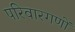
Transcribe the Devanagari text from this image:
परिवारगणों